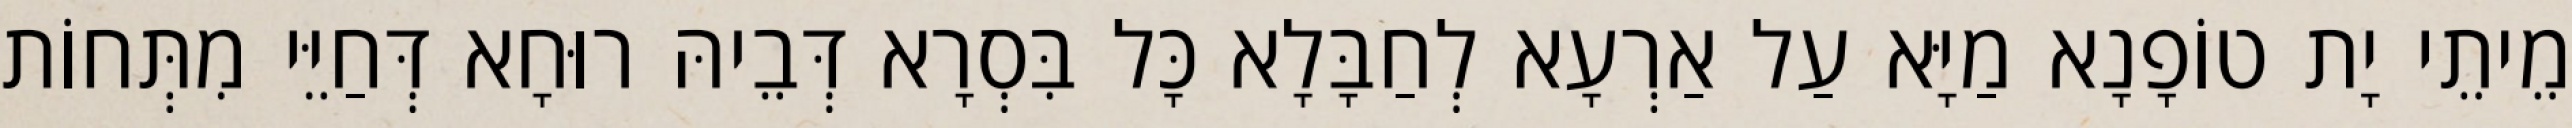
מֵיתֵי יָת טוֹפָנָא מַיָּא עַל אַרְעָא לְחַבָּלָא כָּל בִּסְרָא דְּבֵיהּ רוּחָא דְּחַיֵּי מִתְּחוֹת